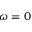
\omega = 0